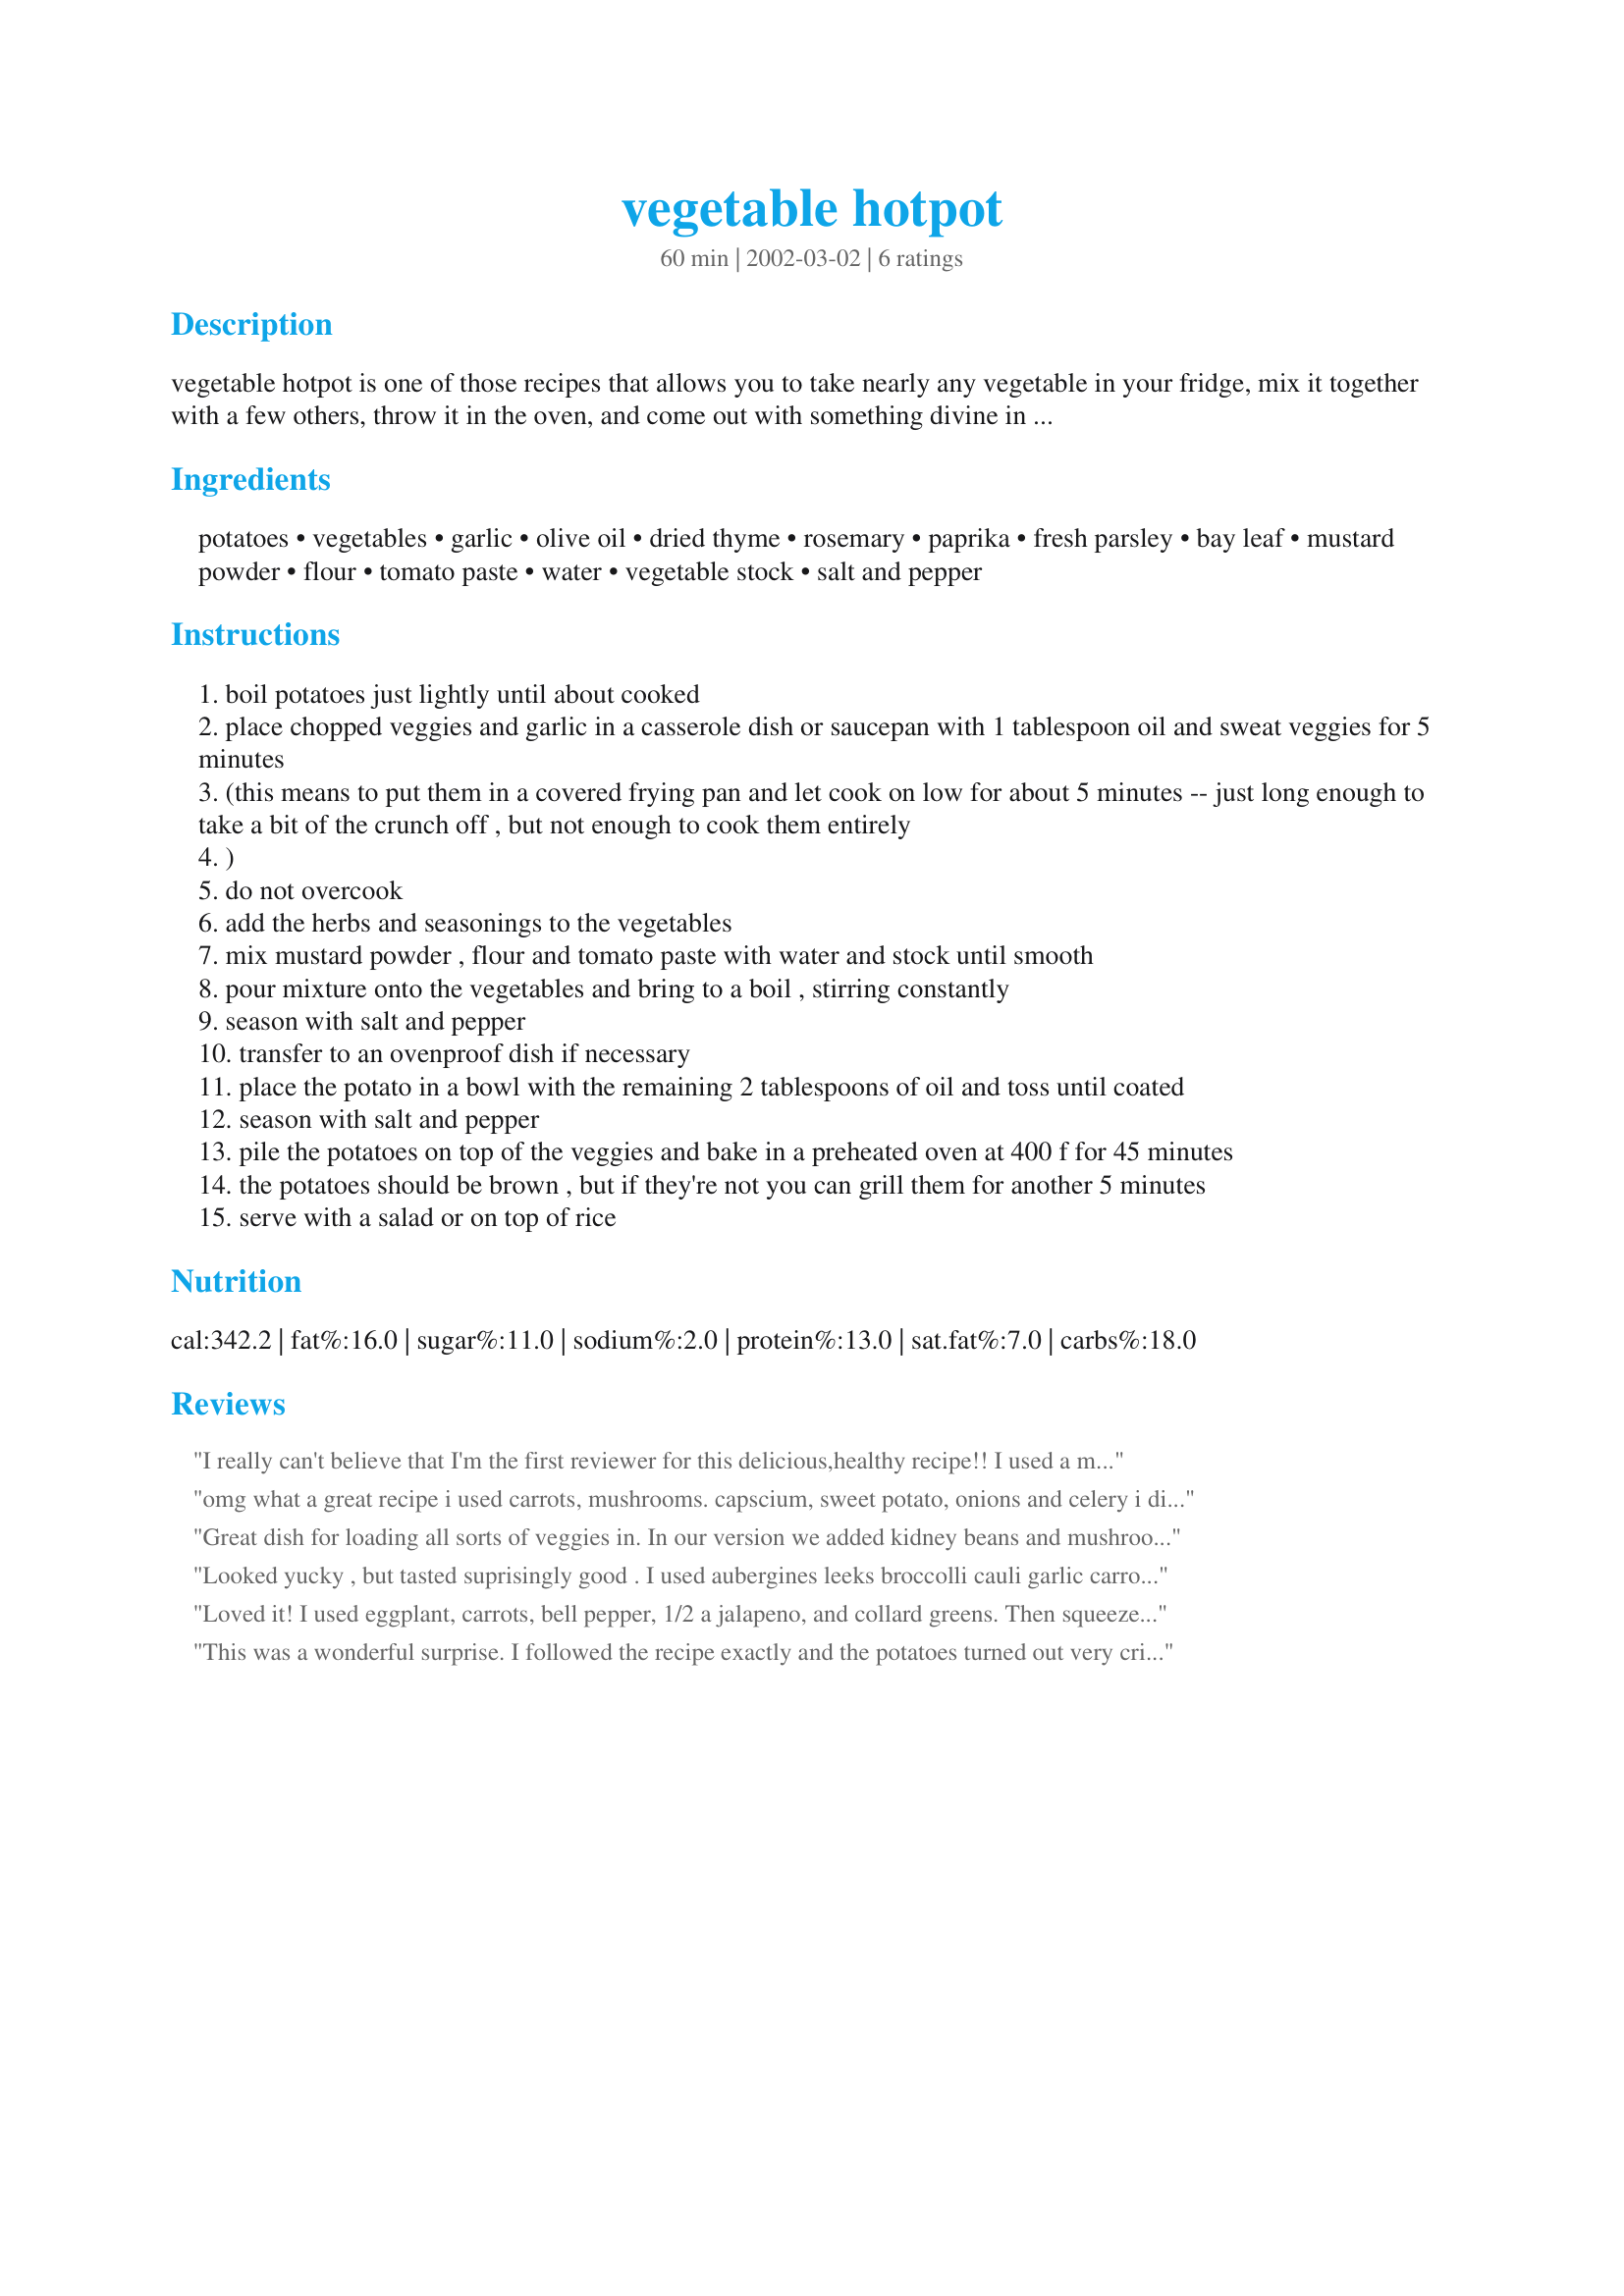
vegetable hotpot
Preparation time: 60 minutes

vegetable hotpot is one of those recipes that allows you to take nearly any vegetable in your fridge, mix it together with a few others, throw it in the oven, and come out with something divine in about an hour. lovely!

Ingredients:
potatoes, vegetables, garlic, olive oil, dried thyme, rosemary, paprika, fresh parsley, bay leaf, mustard powder, flour, tomato paste, water, vegetable stock, salt and pepper

Steps:
boil potatoes just lightly until about cooked
place chopped veggies and garlic in a casserole dish or saucepan with 1 tablespoon oil and sweat veggies for 5 minutes
(this means to put them in a covered frying pan and let cook on low for about 5 minutes -- just long enough to take a bit of the crunch off , but not enough to cook them entirely
)
do not overcook
add the herbs and seasonings to the vegetables
mix mustard powder , flour and tomato paste with water and stock until smooth
pour mixture onto the vegetables and bring to a boil , stirring constantly
season with salt and pepper
transfer to an ovenproof dish if necessary
place the potato in a bowl with the remaining 2 tablespoons of oil and toss until coated
season with salt and pepper
pile the potatoes on top of the veggies and bake in a preheated oven at 400 f for 45 minutes
the potatoes should be brown , but if they're not you can grill them for another 5 minutes
serve with a salad or on top of rice

Reviews:
I really can't believe that I'm the first reviewer for this delicious,healthy recipe!! I used a mix of carrots,broccoli,onions,mushrooms,zucchini,parsnips,pumpkin and capsicum.I followed the directions and I did brown the potato topping for 5 minutes or so under the grill.It looked as good as it tasted,the gravy was excellent and the veges tender.I'm sure I'll use this recipe a lot,especially with winter coming on here.
omg what a great recipe i used carrots, mushrooms. capscium, sweet potato, onions and celery i didnt have to brown the top as the potatoes browned nicely thanks for sharing a great recipe will be making this a lot
Great dish for loading all sorts of veggies in. In our version we added kidney beans and mushrooms for some extra flavors and protein. You can also top it with quick drop biscuits and then bake it some more creating a sort of pot pie and thus truly complete meal!
Looked yucky , but tasted suprisingly good . I used aubergines leeks broccolli cauli garlic carrots and zuccini and pepper . Also i added chick peas to give it extra bulk .. As a pregnant woman who is having trouble eating her veg , this is a really good and yummy source of getting veg in my diet .
Loved it! I used eggplant, carrots, bell pepper, 1/2 a jalapeno, and collard greens. Then squeezed lots of lemon juice on it before eating.
This was a wonderful surprise. I followed the recipe exactly and the potatoes turned out very crispy over a delicious vegetable combination (only needed 40 minutes at 220 Degrees C). Will definately make this again for a healthy family meal. Thank you for a lovely recipe.
